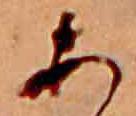
あ